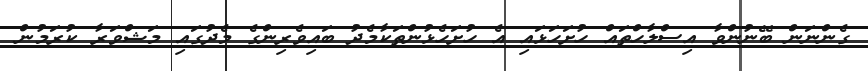
ގެންނަން ބޭނުންވާ އިސްލާހްތައް ހުށަހަޅައި އެ ހުށަހެޅުންތަކާމެދު ބައިވެރިންގެ މެދުގައި މަޝްވަރާ ކުރަމުން